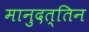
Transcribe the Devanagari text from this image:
मानुदत्तिन